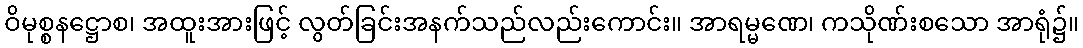
ဝိမုစ္စနဋ္ဌောစ၊ အထူးအားဖြင့် လွတ်ခြင်းအနက်သည်လည်းကောင်း။ အာရမ္မဏေ၊ ကသိုဏ်းစသော အာရုံ၌။